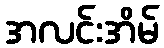
အလင်းအိမ်